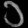
Digit: ၁